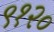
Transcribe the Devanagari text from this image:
९१२०